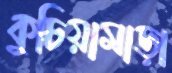
কুচিয়ামাড়া